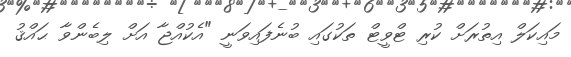
މައިކަލް އިތުރަށް ކުރި ޓްވީޓް ތަކުގައި ބުނެފައިވަނީ "އެކުއްޖާ އަށް ލިބެންވާ ޙައްޤު